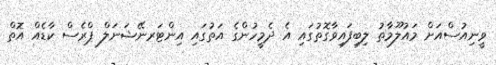
ވީނިއުސްއަށް މައުލޫމާތު ލިބިފައިވާގޮތުގައި އެ ދެމީހުންގެ އަތުގައި އިންޓަރނޭޝަނަލް ޕްރެސް ކާޑެއް އޮތް